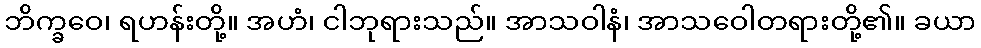
ဘိက္ခဝေ၊ ရဟန်းတို့။ အဟံ၊ ငါဘုရားသည်။ အာသဝါနံ၊ အာသဝေါတရားတို့၏။ ခယာ